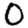
Digit: 0